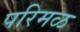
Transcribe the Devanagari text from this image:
परिमळ